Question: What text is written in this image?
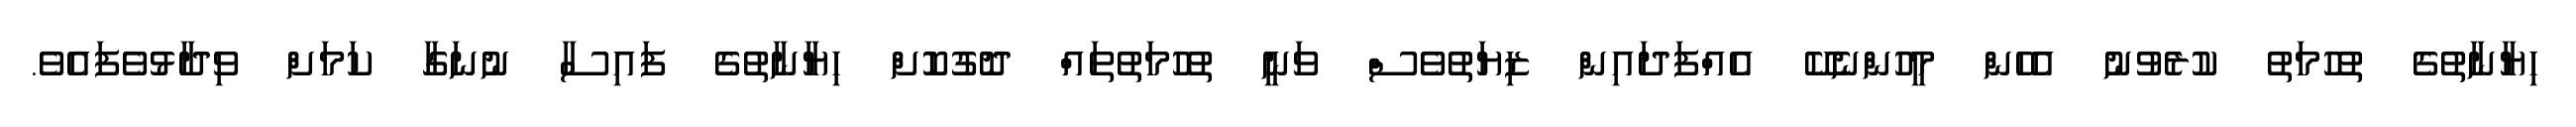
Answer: ހިޔާނާތުގެ ތުހުމަތު ކުރެވުނު އެހެން މީހުންނެކޭ އެއްފަދައިން ޒިޔަތުވެސް ވަނީ ތުހުމަތުތައް ދޮގުކޮށް ހިޔާނާތުގެ ފައިސާ ނުނަގާ ކަމަށް ވިދާޅުވެފައެވެ.